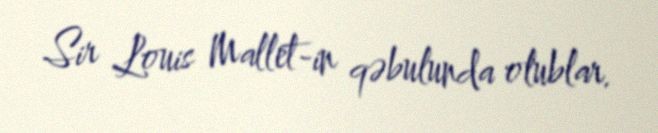
Sir Louis Mallet-in qəbulunda olublar.